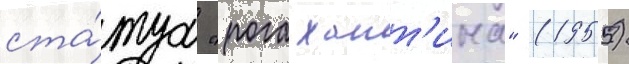
ста́туа "рога хатт'ина" (1955)